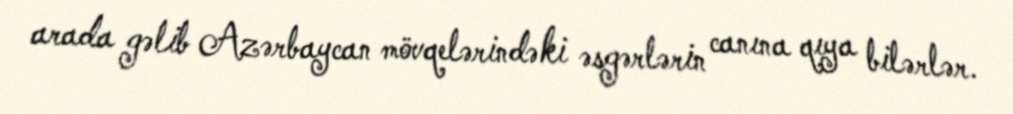
arada gəlib Azərbaycan mövqelərindəki əsgərlərin canına qıya bilərlər.